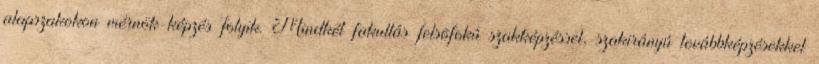
alapszakokon mérnök-képzés folyik. Mindkét fakultás felsõfokú szakképzéssel, szakirányú továbbképzésekkel